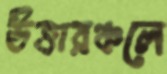
উত্তারঞ্চলে